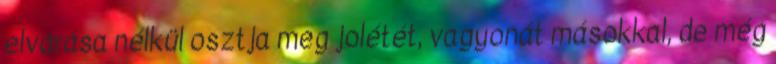
elvárása nélkül osztja meg jolétét, vagyonát másokkal, de még